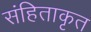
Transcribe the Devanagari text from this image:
संहिताकृत